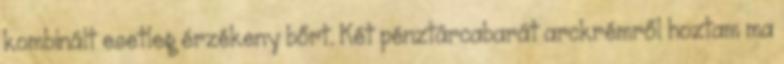
kombinált esetleg érzékeny bőrt. Két pénztárcabarát arckrémről hoztam ma